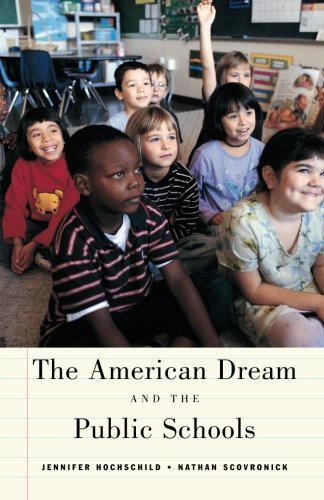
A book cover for The American Dream and the Public Schools; Jennifer L. Hochschild; Law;